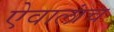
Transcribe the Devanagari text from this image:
ऐवालांच